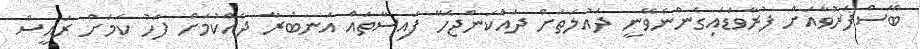
ބޭސްފަރުވާއަށް ފުރާވަޑައިގެންނެވޭނީ ދައުލަތަށް ދައްކަންޖެހޭ ފައިސާތައް އަނބުރާ ދެއްކުމަށް ފަހު ކަމަށް ރައީސް